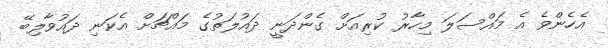
އެހެންވެ އެ މައްސަލަ މިހާރު ކުރިއަށް ގެންދަނީ ދައުލަތުގެ މައްޗަށް އެކަނި ދައުވާލިބޭ